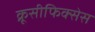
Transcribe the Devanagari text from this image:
क्रूसीफिक्‍सेस